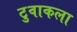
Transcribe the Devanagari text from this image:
टुवाकला